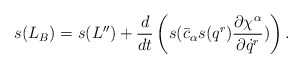
\begin{align*}s(L_B) = s(L'') + \frac{d}{dt} \left( s( \bar{c}_\alpha s(q^r)\frac{\partial \chi^\alpha}{\partial \dot q^r}) \right) . \end{align*}